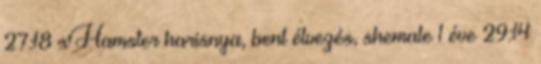
27:18 xHamster harisnya, bent élvezés, shemale 1 éve 29:14